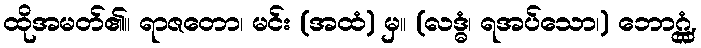
ထိုအမတ်၏။ ရာဇတော၊ မင်း (အထံ) မှ။ (လဒ္ဓံ၊ ရအပ်သော၊) ဘောဂ္ဂ္ထံ,